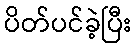
ပိတ်ပင်ခဲ့ပြီး